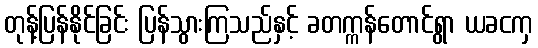
တုန့်ပြန်နိုင်ခြင်း ပြန်သွားကြသည်နှင့် ခတက္ကန်တောင်ရွာ ယခငကှ